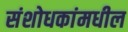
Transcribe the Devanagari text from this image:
संशोधकांमधील